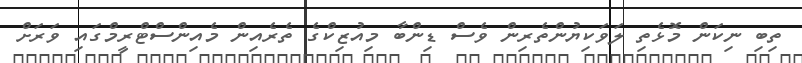
ތިބި ނިކަން މޮޅެތި ލަވަކިޔުންތެރިން ވެސް ޑިންބާ މިއުޒިކްގެ ތެރެއިން މެއިންސްޓްރީމްގައި ވަރަށް